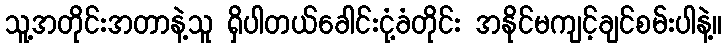
သူ့အတိုင်းအတာနဲ့သူ ရှိပါတယ်ခေါင်းငုံ့ခံတိုင်း အနိုင်မကျင့်ချင်စမ်းပါနဲ့။